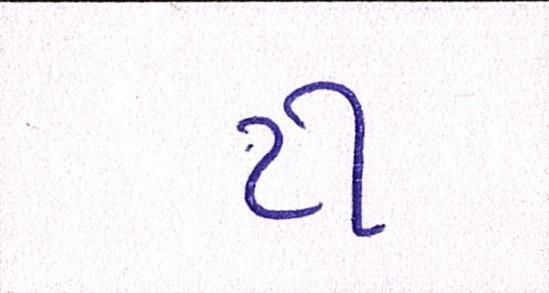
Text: ટી